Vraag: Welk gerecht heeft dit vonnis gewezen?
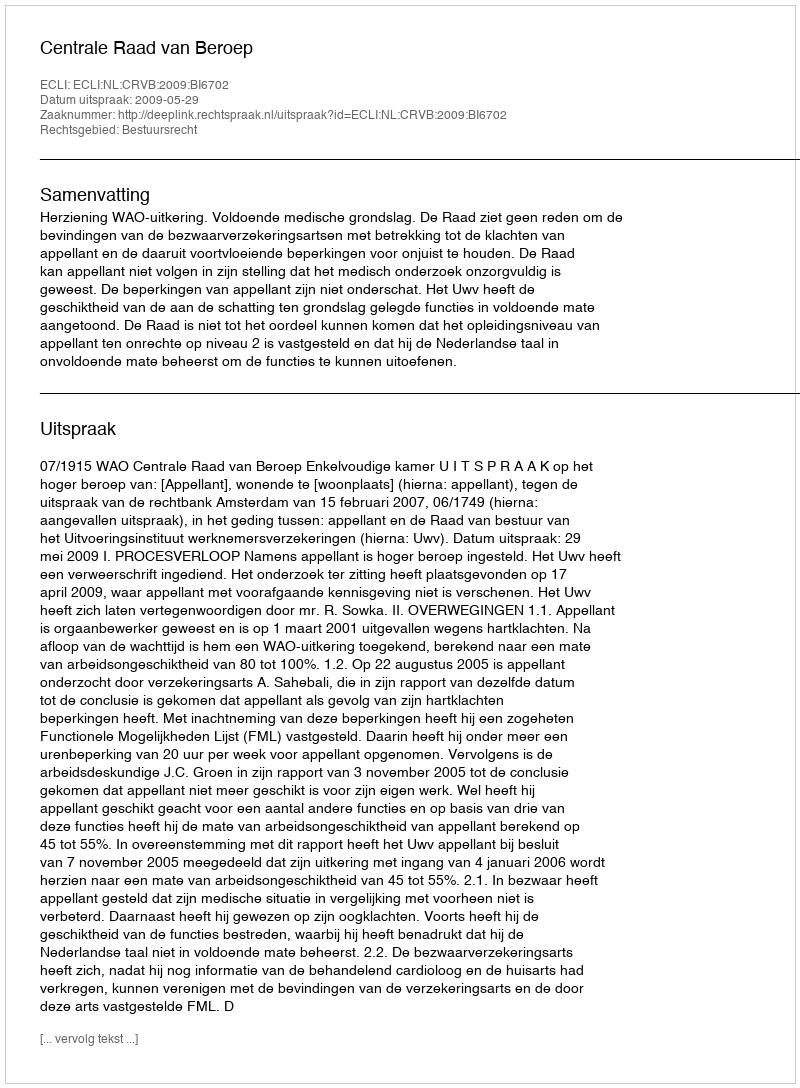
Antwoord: Centrale Raad van Beroep